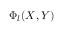
\Phi _ { l } ( X , Y )